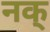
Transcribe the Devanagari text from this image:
नक्